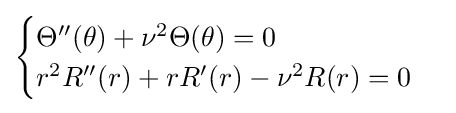
{\begin{cases}\Theta ''(\theta )+\nu ^{2}\Theta (\theta )=0\\r^{2}R''(r)+rR'(r)-\nu ^{2}R(r)=0\end{cases}}